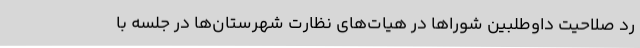
رد صلاحیت داوطلبین شورا‌ها در هیات‌های نظارت شهرستان‌ها در جلسه با